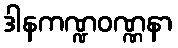
ဒါနကဏ္ဍဝဏ္ဏနာ